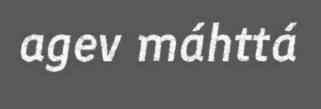
agev máhttá